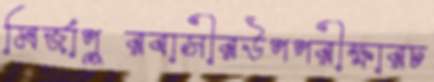
মির্জাপুরবাসীরউপপরীক্ষারচ